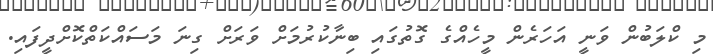
މި ކްލަބުން ވަނީ އަހަރެން މީހެއްގެ ގޮތުގައި ބިނާކުރުމަށް ވަރަށް ގިނަ މަސައްކަތްކޮށްދީފައި.